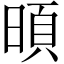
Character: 暊